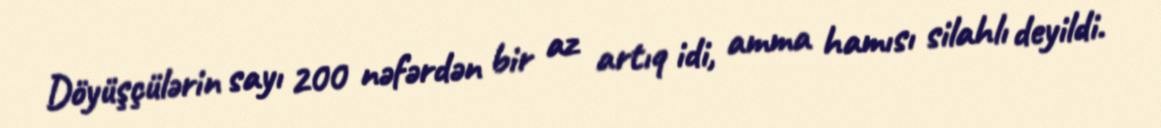
Döyüşçülərin sayı 200 nəfərdən bir az artıq idi, amma hamısı silahlı deyildi.